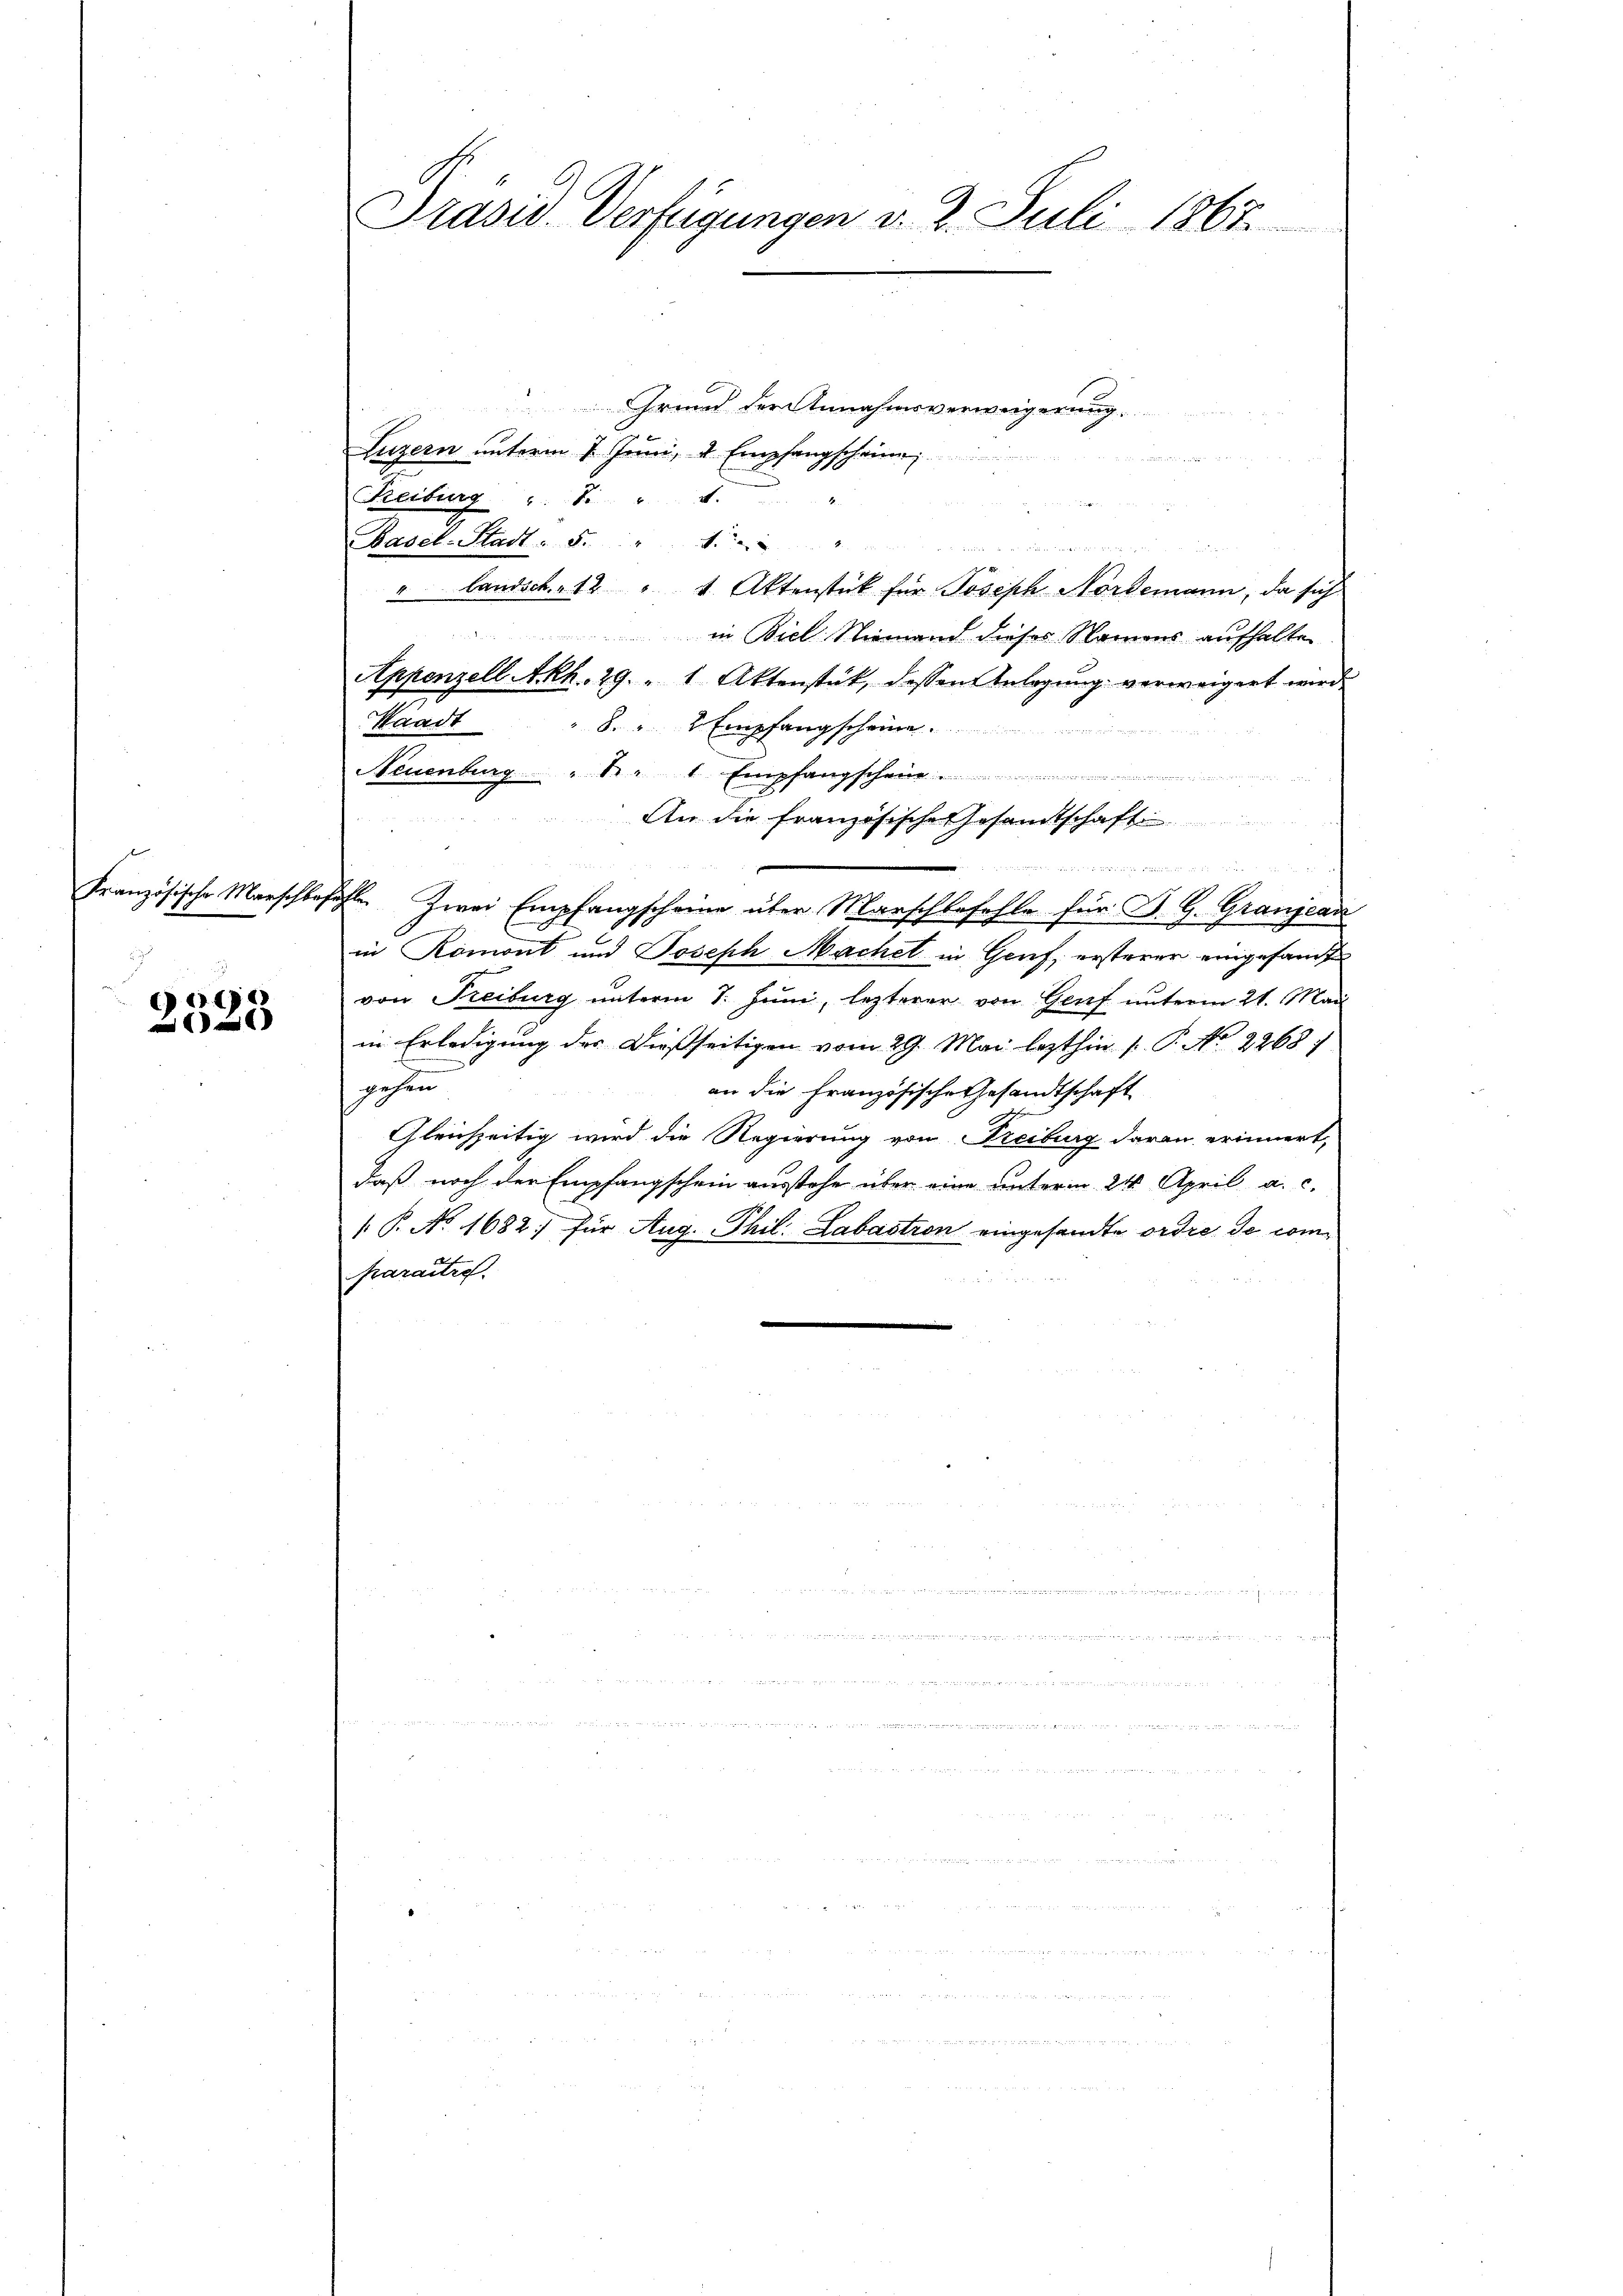
e

Grund der Annahmsverweigerung
Luzern unterm 1. Juni, u. Empfangscheine
n
Reiburg " " 4.
Basel-Stadt: 5. " "
u
r
" Landsch. 12 " 1. Aktenstück für Joseph Nordemann, da sich
in Biel Niemand dieses Namens aufhalten
Appenzell Akh. 29. " 1 Aktenstück, dessen Anlegŭng verweigert wird.
8. " 2 Empfangscheine
Neuenburg " " 1 Empfangschei
An die französische Gesamtschaft

.
Französische Marschlafehlen Zwei Empfangscheine über Marschbefehle für St. G. Granjead
in Romont und Joseph Machet in Genf, ersterer eingesamte
von Freiburg unterm 1. Juni, lezterer von Genf unterm 21. Mai
in Erledigung des Dießseitigen vom 29. Mai lezthin (: P. No 2268;
gehen
an die Französische Gesandtschaft
Gleichzeitig wird die Regierung von Freiburg daran erinnert,
daß noch der Empfangschein ausstehe über eine unterm 24. April a. c.
 P. No 1682 für Aug. Phil. Labastron eingesandte ordre de comparaitre.

Prasis. Verfügungen d. 2. Juli 1867

Waadt